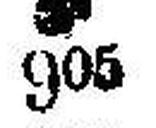
### 905